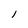
Character: 1